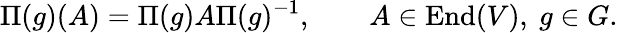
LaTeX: \Pi(g)(A)=\Pi(g)A\Pi(g)^{-1},\qquad A\in\operatorname{End}(V),\ g\in G.